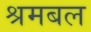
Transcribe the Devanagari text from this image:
श्रमबल